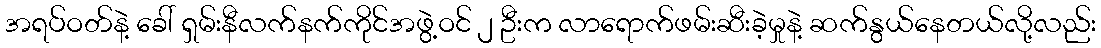
အရပ်ဝတ်နဲ့ ခေါ် ရှမ်းနီလက်နက်ကိုင်အဖွဲ့ဝင် ၂ ဦးက လာရောက်ဖမ်းဆီးခဲ့မှုနဲ့ ဆက်နွယ်နေတယ်လို့လည်း